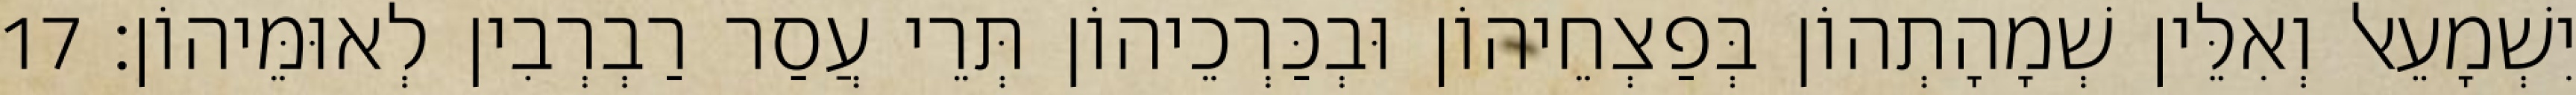
יִשְׁמָעֵאל וְאִלֵּין שְׁמָהָתְהוֹן בְּפַצְחֵיהוֹן וּבְכַּרְכֵיהוֹן תְּרֵי עֲסַר רַבְרְבִין לְאוּמֵּיהוֹן׃ 17